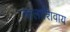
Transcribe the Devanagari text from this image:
नालाशिवाय